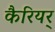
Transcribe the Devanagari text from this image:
कैरियर्